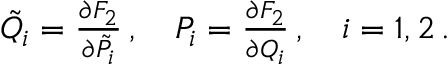
\begin{array} { r } { \tilde { Q } _ { i } = \frac { \partial F _ { 2 } } { \partial \tilde { P _ { i } } } \, , \quad P _ { i } = \frac { \partial F _ { 2 } } { \partial Q _ { i } } \, , \quad i = 1 , 2 \, . } \end{array}